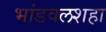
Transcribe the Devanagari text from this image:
भांडवलशहा